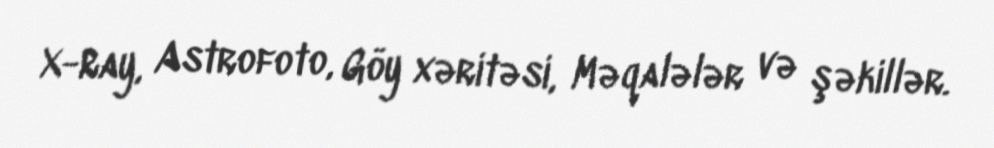
X-Ray, Astrofoto, Göy xəritəsi, Məqalələr və şəkillər.